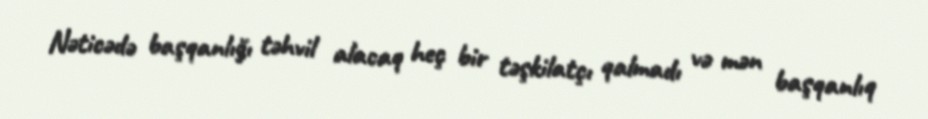
Nəticədə başqanlığı təhvil alacaq heç bir təşkilatçı qalmadı və mən başqanlıq